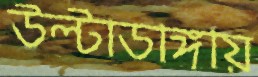
উল্টাডাঙ্গায়